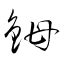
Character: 鉧